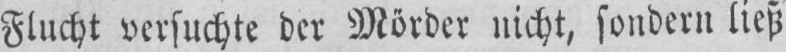
Flucht vcrsuchte dcr Mordcr nicht, soiidcru licsi